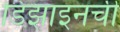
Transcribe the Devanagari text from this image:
डिझाइनची